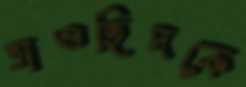
তাওহিদকে